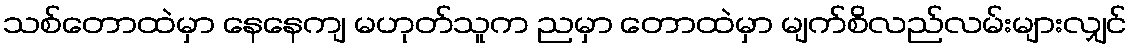
သစ်တောထဲမှာ နေနေကျ မဟုတ်သူက ညမှာ တောထဲမှာ မျက်စိလည်လမ်းများလျှင်